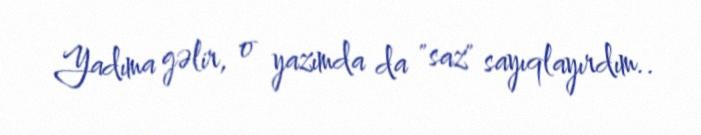
Yadıma gəlir, o yazımda da "saz" sayıqlayırdım..